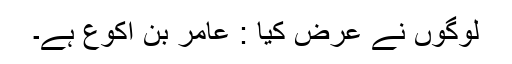
لوگوں نے عرض کیا : عامر بن اکوع ہے۔